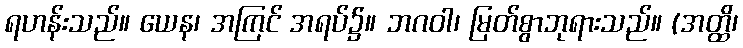
ရဟန်းသည်။ ယေန၊ အကြင် အရပ်၌။ ဘဂဝါ၊ မြတ်စွာဘုရားသည်။ (အတ္ထိ၊